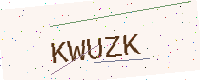
Text: KWUZK